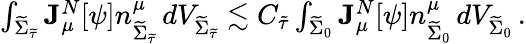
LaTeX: \begin{array}{r}{\int_{{\widetilde{\Sigma}_{\widetilde{\tau}}}}\mathbf{J}_{\mu}^{N}[\psi]n_{{\widetilde{\Sigma}_{\widetilde{\tau}}}}^{\mu}\, dV_{{\widetilde{\Sigma}_{\widetilde{\tau}}}}\lesssim C_{\tilde{\tau}}\int_{\widetilde{\Sigma}_{0}}\mathbf{J}_{\mu}^{N}[\psi]n_{\widetilde{\Sigma}_{0}}^{\mu}\, dV_{\widetilde{\Sigma}_{0}}\, .}\end{array}